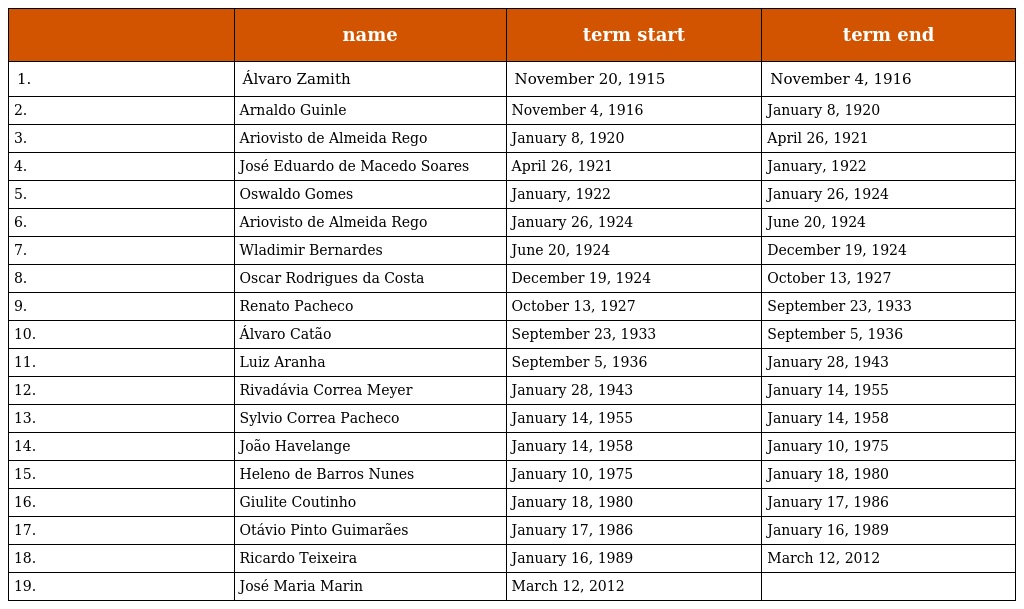
|  | name | term start | term end |
 | --- | --- | --- | --- |
 | 1. | Álvaro Zamith | November 20, 1915 | November 4, 1916 |
 | 2. | Arnaldo Guinle | November 4, 1916 | January 8, 1920 |
 | 3. | Ariovisto de Almeida Rego | January 8, 1920 | April 26, 1921 |
 | 4. | José Eduardo de Macedo Soares | April 26, 1921 | January, 1922 |
 | 5. | Oswaldo Gomes | January, 1922 | January 26, 1924 |
 | 6. | Ariovisto de Almeida Rego | January 26, 1924 | June 20, 1924 |
 | 7. | Wladimir Bernardes | June 20, 1924 | December 19, 1924 |
 | 8. | Oscar Rodrigues da Costa | December 19, 1924 | October 13, 1927 |
 | 9. | Renato Pacheco | October 13, 1927 | September 23, 1933 |
 | 10. | Álvaro Catão | September 23, 1933 | September 5, 1936 |
 | 11. | Luiz Aranha | September 5, 1936 | January 28, 1943 |
 | 12. | Rivadávia Correa Meyer | January 28, 1943 | January 14, 1955 |
 | 13. | Sylvio Correa Pacheco | January 14, 1955 | January 14, 1958 |
 | 14. | João Havelange | January 14, 1958 | January 10, 1975 |
 | 15. | Heleno de Barros Nunes | January 10, 1975 | January 18, 1980 |
 | 16. | Giulite Coutinho | January 18, 1980 | January 17, 1986 |
 | 17. | Otávio Pinto Guimarães | January 17, 1986 | January 16, 1989 |
 | 18. | Ricardo Teixeira | January 16, 1989 | March 12, 2012 |
 | 19. | José Maria Marin | March 12, 2012 |  |